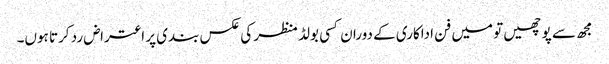
مجھ سے پوچھیں تو میں فن اداکاری کے دوران کسی بولڈ منظر کی عکس بندی پر اعتراض رد کرتا ہوں۔